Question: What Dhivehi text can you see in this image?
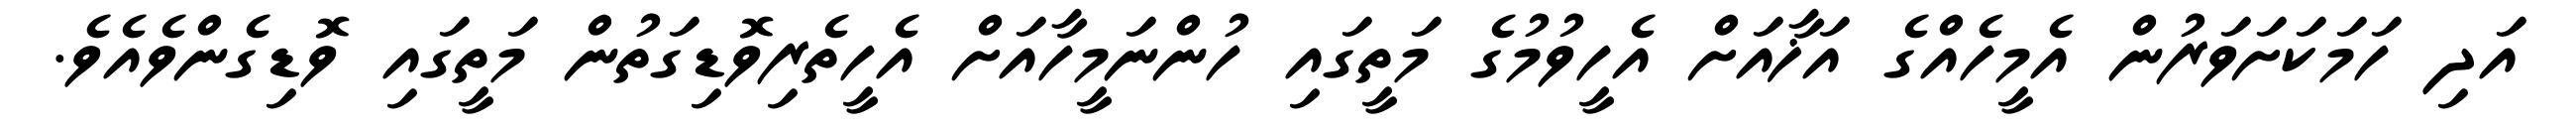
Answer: އަދި ހަމަކަށަވަރުން އެމީހެއްގެ އަޚާއަށް އެހީވުމުގެ މަތީގައި ހުންނަމީހާއަށް އެހީތެރިވޮޑިގަތުން މަތީގައި ވޮޑިގެންވެއެވެ.